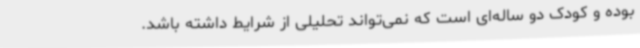
بوده و کودک دو ساله‌ای است که نمی‌تواند تحلیلی از شرایط داشته باشد.